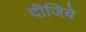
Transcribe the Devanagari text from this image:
दीजिये